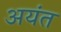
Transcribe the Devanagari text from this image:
अयंत